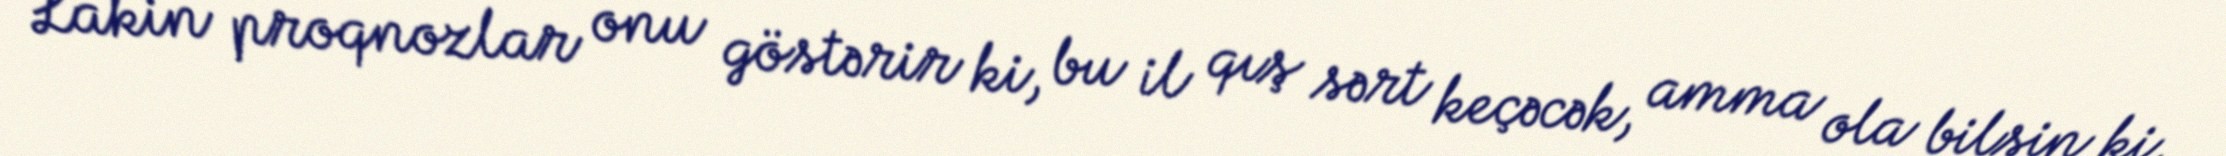
Lakin proqnozlar onu göstərir ki, bu il qış sərt keçəcək, amma ola bilsin ki,